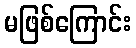
မဖြစ်ကြောင်း